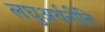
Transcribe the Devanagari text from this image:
लघुअर्थनीति